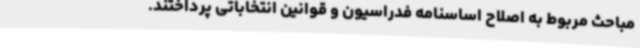
مباحث مربوط به اصلاح اساسنامه فدراسیون و قوانین انتخاباتی پرداختند.